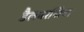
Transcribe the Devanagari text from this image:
डैलबरजिया